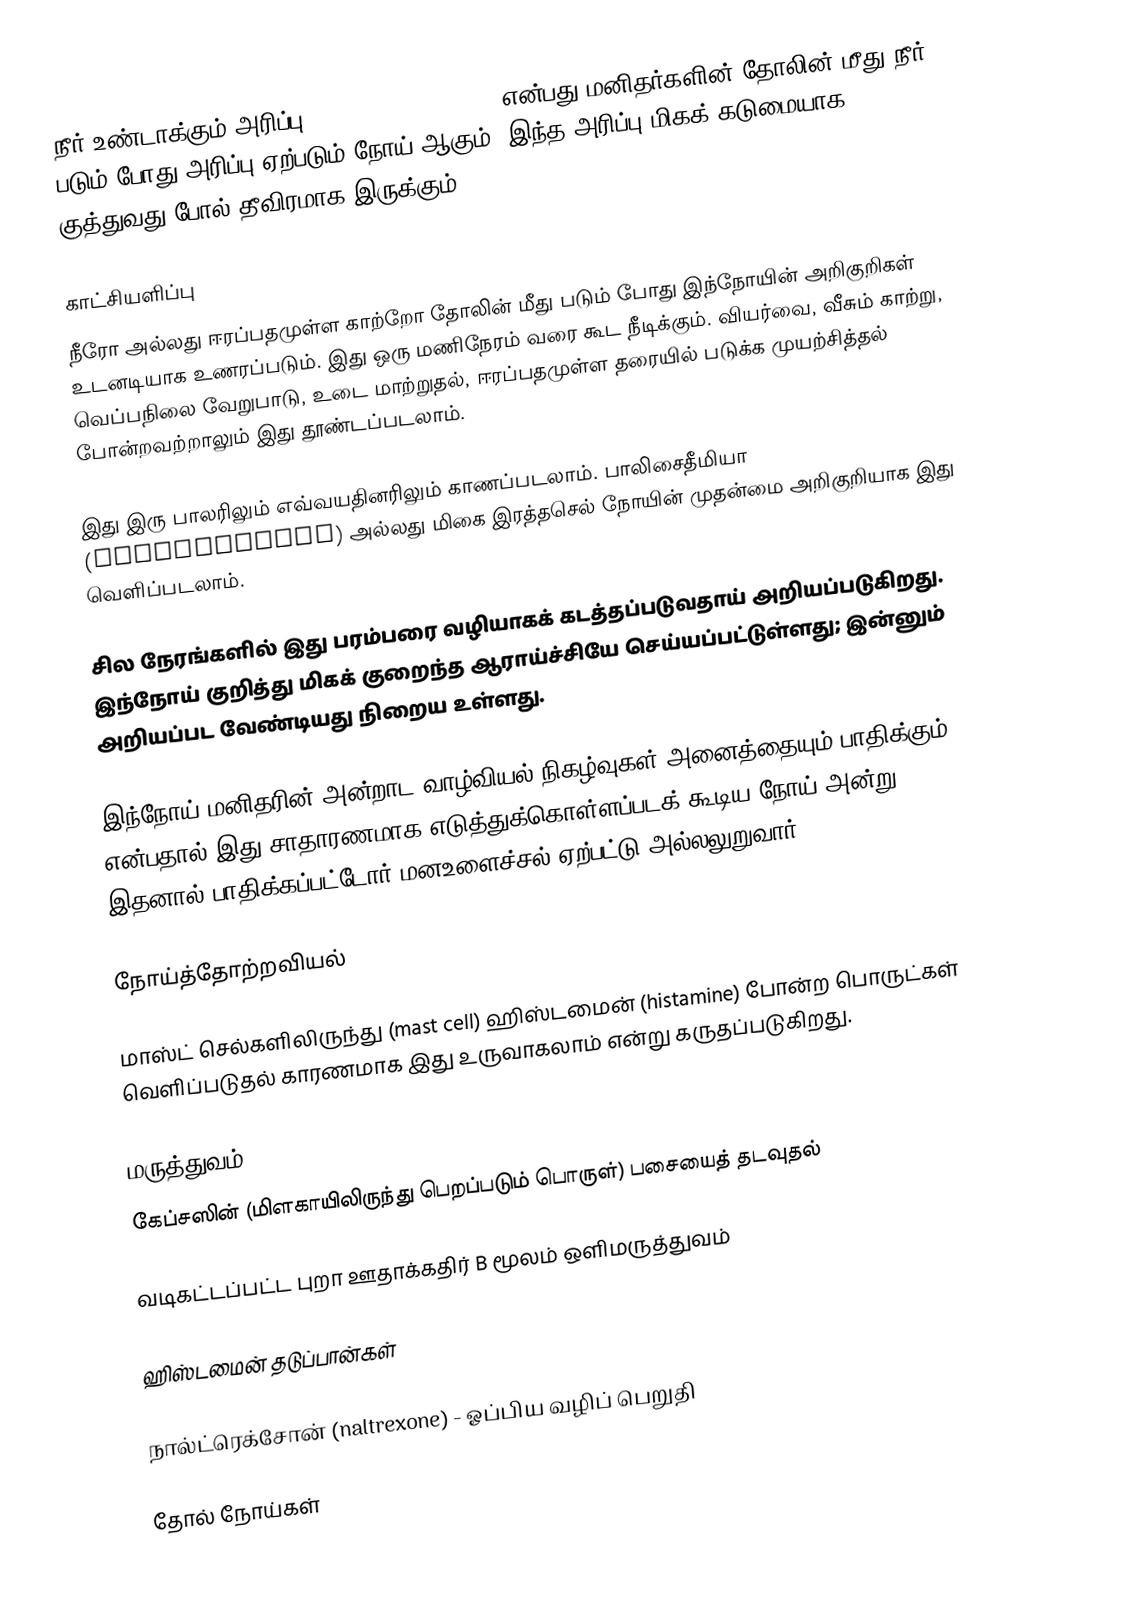
நீர் உண்டாக்கும் அரிப்பு  (aquagenic pruritis) என்பது மனிதர்களின் தோலின் மீது  நீர் படும் போது  அரிப்பு ஏற்படும் நோய் ஆகும். இந்த அரிப்பு மிகக் கடுமையாக குத்துவது போல் தீவிரமாக இருக்கும்.

காட்சியளிப்பு
நீரோ அல்லது ஈரப்பதமுள்ள காற்றோ தோலின் மீது படும் போது இந்நோயின் அறிகுறிகள் உடனடியாக உணரப்படும். இது ஒரு மணிநேரம் வரை கூட நீடிக்கும். வியர்வை, வீசும் காற்று, வெப்பநிலை வேறுபாடு, உடை மாற்றுதல், ஈரப்பதமுள்ள தரையில் படுக்க முயற்சித்தல் போன்றவற்றாலும் இது தூண்டப்படலாம்.

இது இரு பாலரிலும் எவ்வயதினரிலும் காணப்படலாம். பாலிசைதீமியா (polycythemia) அல்லது மிகை இரத்தசெல் நோயின் முதன்மை அறிகுறியாக இது வெளிப்படலாம்.

சில நேரங்களில் இது பரம்பரை வழியாகக் கடத்தப்படுவதாய் அறியப்படுகிறது. இந்நோய் குறித்து மிகக் குறைந்த ஆராய்ச்சியே செய்யப்பட்டுள்ளது; இன்னும் அறியப்பட வேண்டியது நிறைய உள்ளது.

இந்நோய் மனிதரின் அன்றாட வாழ்வியல் நிகழ்வுகள் அனைத்தையும் பாதிக்கும் என்பதால் இது சாதாரணமாக எடுத்துக்கொள்ளப்படக் கூடிய நோய் அன்று. இதனால் பாதிக்கப்பட்டோர் மனஉளைச்சல் ஏற்பட்டு அல்லலுறுவார்.

நோய்த்தோற்றவியல்

மாஸ்ட் செல்களிலிருந்து (mast cell) ஹிஸ்டமைன் (histamine) போன்ற பொருட்கள் வெளிப்படுதல் காரணமாக இது உருவாகலாம் என்று கருதப்படுகிறது.

மருத்துவம்
 கேப்சஸின் (மிளகாயிலிருந்து பெறப்படும் பொருள்) பசையைத் தடவுதல்

 வடிகட்டப்பட்ட புறா ஊதாக்கதிர் B மூலம் ஒளிமருத்துவம்

  ஹிஸ்டமைன் தடுப்பான்கள்

 நால்ட்ரெக்சோன் (naltrexone) - ஓப்பிய வழிப் பெறுதி

தோல் நோய்கள்